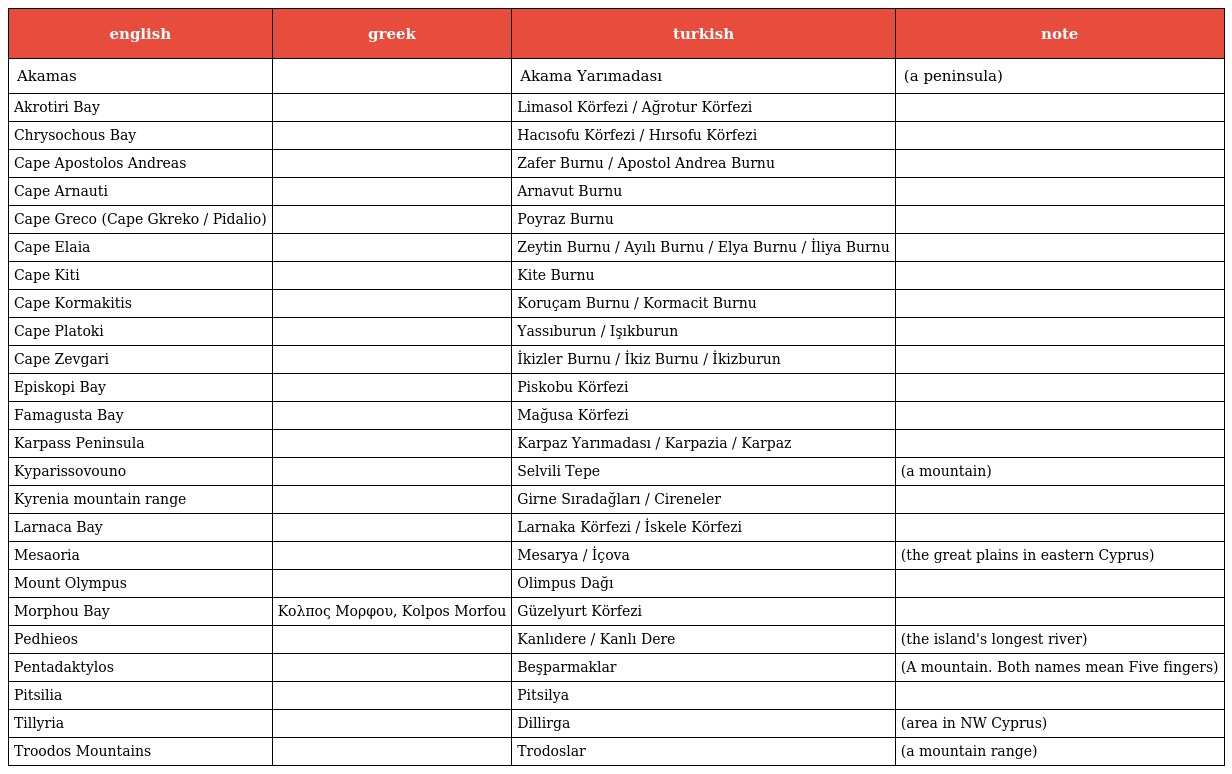
| english | greek | turkish | note |
 | --- | --- | --- | --- |
 | Akamas |  | Akama Yarımadası | (a peninsula) |
 | Akrotiri Bay |  | Limasol Körfezi / Ağrotur Körfezi |  |
 | Chrysochous Bay |  | Hacısofu Körfezi / Hırsofu Körfezi |  |
 | Cape Apostolos Andreas |  | Zafer Burnu / Apostol Andrea Burnu |  |
 | Cape Arnauti |  | Arnavut Burnu |  |
 | Cape Greco (Cape Gkreko / Pidalio) |  | Poyraz Burnu |  |
 | Cape Elaia |  | Zeytin Burnu / Ayılı Burnu / Elya Burnu / İliya Burnu |  |
 | Cape Kiti |  | Kite Burnu |  |
 | Cape Kormakitis |  | Koruçam Burnu / Kormacit Burnu |  |
 | Cape Platoki |  | Yassıburun / Işıkburun |  |
 | Cape Zevgari |  | İkizler Burnu / İkiz Burnu / İkizburun |  |
 | Episkopi Bay |  | Piskobu Körfezi |  |
 | Famagusta Bay |  | Mağusa Körfezi |  |
 | Karpass Peninsula |  | Karpaz Yarımadası / Karpazia / Karpaz |  |
 | Kyparissovouno |  | Selvili Tepe | (a mountain) |
 | Kyrenia mountain range |  | Girne Sıradağları / Cireneler |  |
 | Larnaca Bay |  | Larnaka Körfezi / İskele Körfezi |  |
 | Mesaoria |  | Mesarya / İçova | (the great plains in eastern Cyprus) |
 | Mount Olympus |  | Olimpus Dağı |  |
 | Morphou Bay | Κολπος Μορφου, Kolpos Morfou | Güzelyurt Körfezi |  |
 | Pedhieos |  | Kanlıdere / Kanlı Dere | (the island's longest river) |
 | Pentadaktylos |  | Beşparmaklar | (A mountain. Both names mean Five fingers) |
 | Pitsilia |  | Pitsilya |  |
 | Tillyria |  | Dillirga | (area in NW Cyprus) |
 | Troodos Mountains |  | Trodoslar | (a mountain range) |